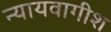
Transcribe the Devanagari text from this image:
न्यायवागीश